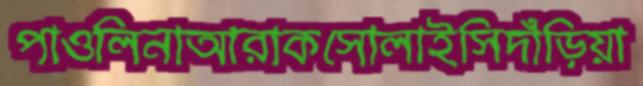
পাওলিনাআরাকসোলাইসিদাঁড়িয়া